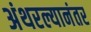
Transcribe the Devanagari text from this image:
अंथरल्यानंतर